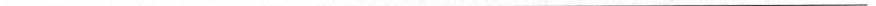
___